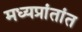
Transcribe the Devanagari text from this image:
मध्यप्रांतांत